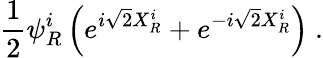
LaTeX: \frac{1}{2}\psi_{R}^{i}\left(e^{i\sqrt{2}X_{R}^{i}}+e^{-i\sqrt{2}X_{R}^{i}}\right)\ .